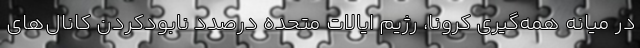
‌در میانه همه‌گیری کرونا، رژیم ایالات متحده درصدد نابودکردن کانال‌های